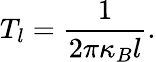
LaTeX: T_{l}=\frac{1}{2\pi\kappa_{B}l}.